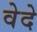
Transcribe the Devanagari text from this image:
वेदे